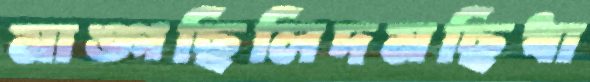
মাঙ্গছিলিদমছিধা